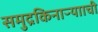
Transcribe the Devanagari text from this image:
समुद्रकिनाऱ्यााची